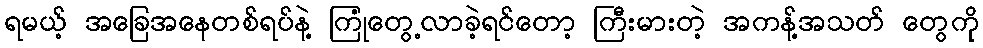
ရမယ့် အခြေအနေတစ်ရပ်နဲ့ ကြုံတွေ့လာခဲ့ရင်တော့ ကြီးမားတဲ့ အကန့်အသတ် တွေကို